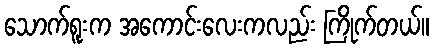
သောက်ရူးက အကောင်းလေးကလည်း ကြိုက်တယ်။